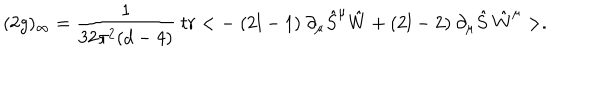
( 2 g ) _ { \infty } = \frac { 1 } { 3 2 \pi ^ { 2 } ( d - 4 ) } \ t r < - \ ( 2 l - 1 ) \ \partial _ { \mu } \hat { S } ^ { \mu } \hat { W } + ( 2 l - 2 ) \ \partial _ { \mu } \hat { S } \ \hat { W } ^ { \mu } > .